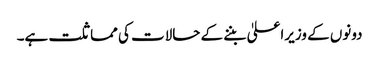
دونوں کے وزیراعلیٰ بننے کے حالات کی مماثلت ہے۔